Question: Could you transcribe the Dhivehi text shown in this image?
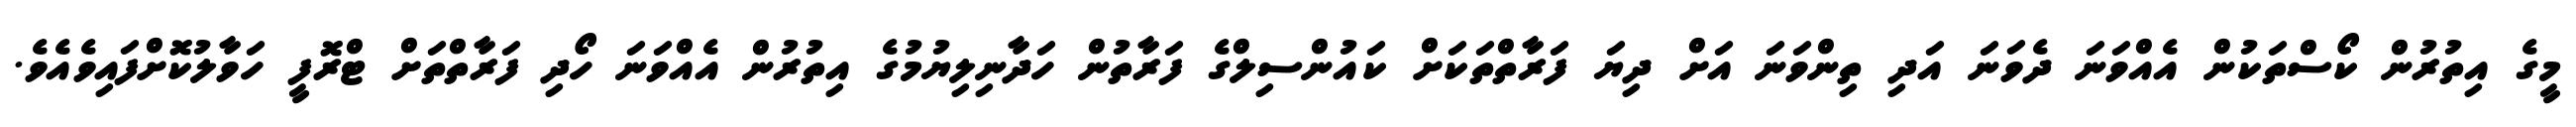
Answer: މީގެ އިތުރުން ކޯސްތަކުން އެއްވަނަ ދެވަނަ އަދި ތިންވަނަ އަށް ދިޔަ ފަރާތްތަކަށް ކައުންސިލްގެ ފަރާތުން ހަދާނިލިޔުމުގެ އިތުރުން އެއްވަނަ ހޯދި ފަރާތްތަށް ޓްރޮފީ ހަވާލުކޮށްފައިވެއެވެ.